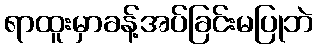
ရာထူးမှာခန့်အပ်ခြင်းမပြုဘဲ